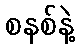
စနစ်နဲ့